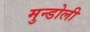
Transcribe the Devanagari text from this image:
मुन्डोली